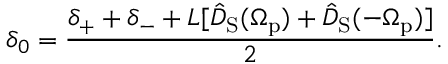
\delta _ { 0 } = \frac { \delta _ { + } + \delta _ { - } + L [ \hat { D } _ { \mathrm { S } } ( \Omega _ { \mathrm { p } } ) + \hat { D } _ { \mathrm { S } } ( - \Omega _ { \mathrm { p } } ) ] } { 2 } .